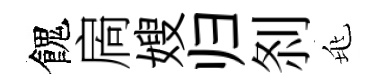
餽扄嫂归𠛴兆